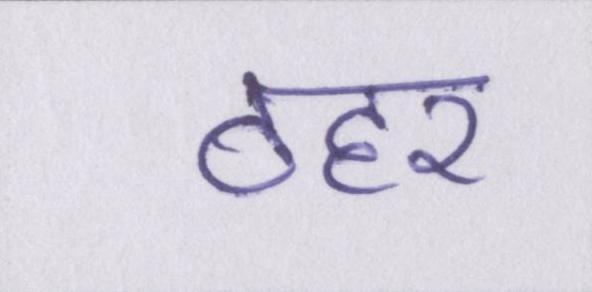
ठहर